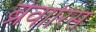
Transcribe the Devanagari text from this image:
ब्रेवारिस